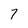
Character: 7